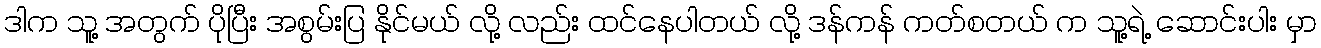
ဒါက သူ့ အတွက် ပိုပြီး အစွမ်းပြ နိုင်မယ် လို့ လည်း ထင်နေပါတယ် လို့ ဒန်ကန် ကတ်စတယ် က သူ့ရဲ့ ဆောင်းပါး မှာ